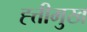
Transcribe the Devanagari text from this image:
ह्त्तीमुख